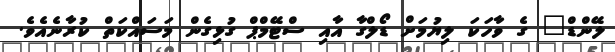
ލޭންޑް" ގެ ވާހަކަ ލިޔުމަށް ޑޯލްގާ އާއި ސްޓޭމްޕް ގުޅިގެން މަސައްކަތް ކުރާނެއެވެ.